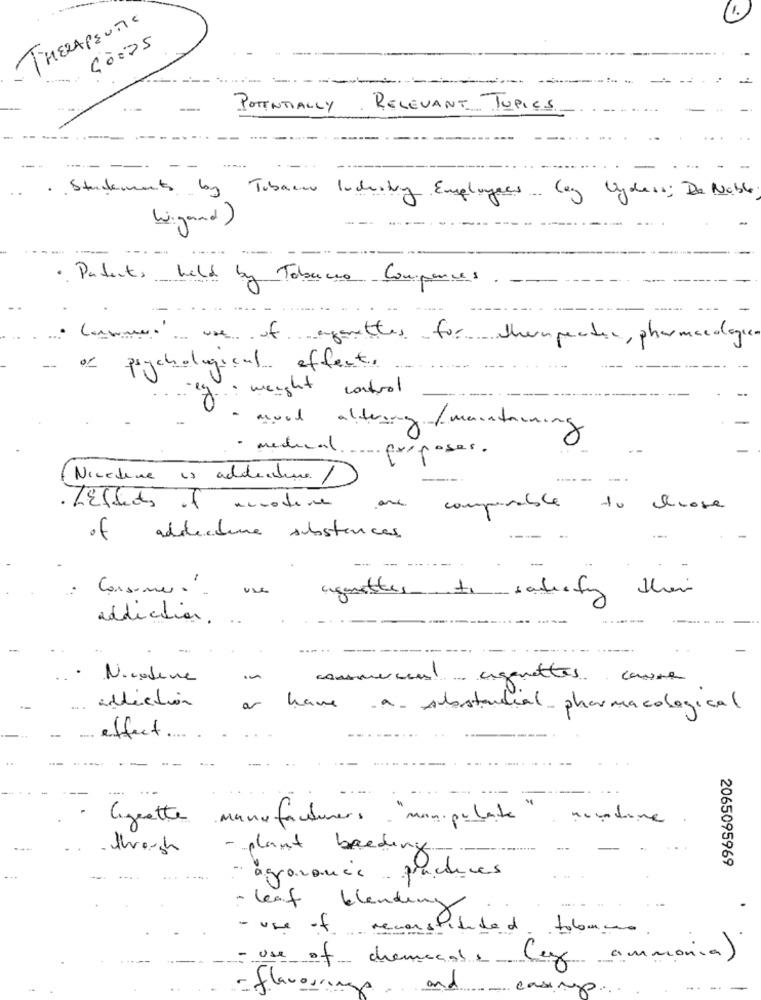
1.
THERAPEUTIC
POTENTIALLY RELEVANT TOPICS
. Statements by Tobacco Industry Employees lag Vydess; De Nable
bigand )
· Patents
held by Tobacco Companies
lammers' use of agenettes for thempector, pharmacologie
psychological effect ..
... weight control
· mood altering/maintaining
- medical purposes.
Nicedere is addictive 1 )
----- --
. Effects of anrotere
one
to choose
comparable
of addlecture substances.
their
: Consumers. una
aguettes to satisfy
addiction.
.
Nicodene
commercial
cigarettes cause
or
addiction
have a substantial pharmacological
effect ..
lizette .
facturers "manipulate" moundune
through
- plant breeding
2065095969
- agrananée practices
- leaf blending
- use of reconstituted tobacco
use of chemicals (ez ammonia)
flavorrings
casino